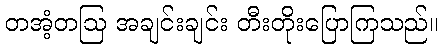
တအံ့တဩ အချင်းချင်း တီးတိုးပြောကြသည်။